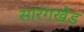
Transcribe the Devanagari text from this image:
सारंगखेड